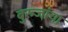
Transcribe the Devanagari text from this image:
बुरुजांचा